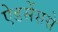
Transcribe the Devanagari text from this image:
ऐडसेंससे